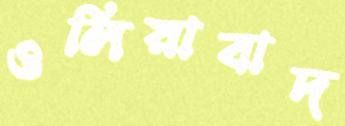
ওলিয়াবাদ